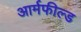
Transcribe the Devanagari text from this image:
आर्मफील्ड